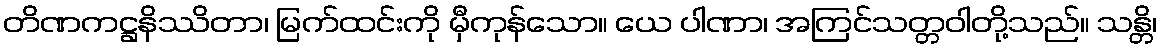
တိဏကဋ္ဌနိဿိတာ၊ မြက်ထင်းကို မှီကုန်သော။ ယေ ပါဏာ၊ အကြင်သတ္တဝါတို့သည်။ သန္တိ၊